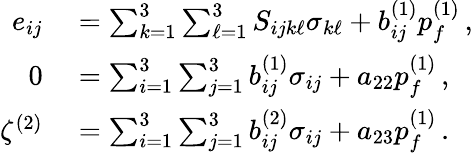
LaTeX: \begin{array}{rl}{e_{ij}}&{{}=\sum_{k=1}^{3}\sum_{\ell=1}^{3}S_{ijk\ell}\sigma_{k\ell}+b_{ij}^{(1)}p_{f}^{(1)}\, ,}\\ {0}&{{}=\sum_{i=1}^{3}\sum_{j=1}^{3}b_{ij}^{(1)}\sigma_{ij}+a_{22}p_{f}^{(1)}\, ,}\\ {\zeta^{(2)}}&{{}=\sum_{i=1}^{3}\sum_{j=1}^{3}b_{ij}^{(2)}\sigma_{ij}+a_{23}p_{f}^{(1)}\, .}\end{array}